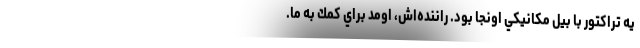
يه تراكتور با بيل مكانيكي اونجا بود. راننده‌اش، اومد براي كمك به ما.